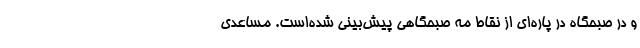
و در صبحگاه در پاره‌ای از نقاط مه صبحگاهی پیش‌بینی شده‌است. مساعدی